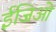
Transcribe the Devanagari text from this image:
ईजिओ